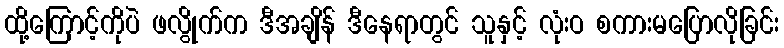
ထို့ကြောင့်ကိုပဲ ဖလွိုက်က ဒီအချိန် ဒီနေရာတွင် သူနှင့် လုံးဝ စကားမပြောလိုခြင်း